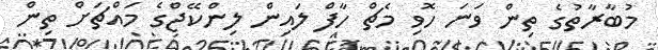
މުބާރާތުގެ ތިން ވަނަ ހޮވި މެޗް ހާފް ލައިން ލިންކޭޖްގެ މައްޗަށް ތިން